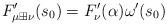
LaTeX: \begin{align*}F_{\mu\boxplus\nu}^{\prime}(s_{0})=F_{\nu}^{\prime}(\alpha)\omega^{\prime}(s_{0})\end{align*}